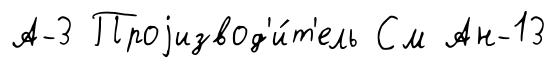
А-3 Проjизвод'и́т'ель См Ан-13